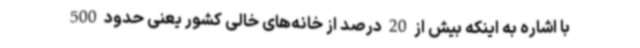
با اشاره به اینکه بیش از 20 درصد از خانه‌های خالی کشور یعنی حدود 500